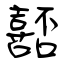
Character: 嚭